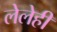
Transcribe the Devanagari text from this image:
लेलेही